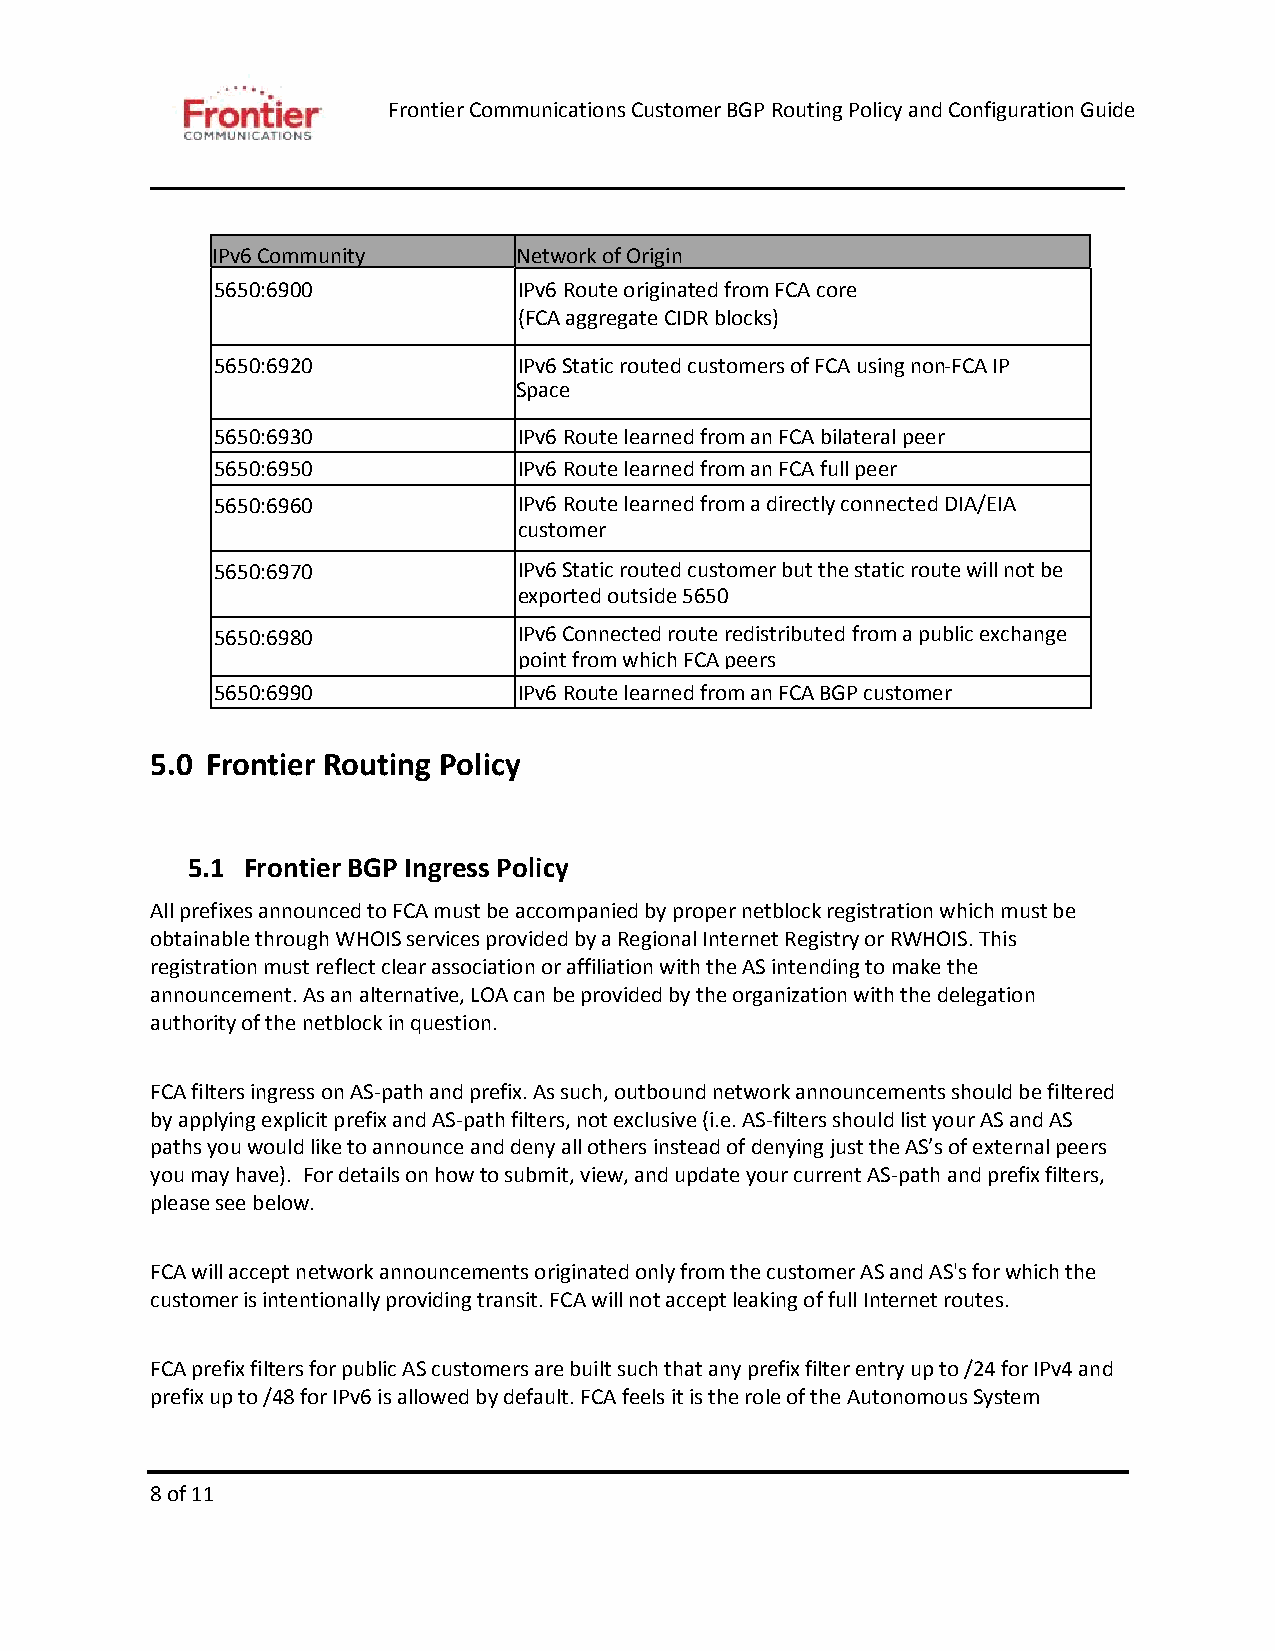
Frontier Communications Customer BGP Routing Policy and Configuration Guide
 IPv6 Community      Network of Origin
 5650:6900           IPv6 Route originated from FCA core
 (FCA aggregate CIDR blocks)
 5650:6920           IPv6 Static routed customers of FCA using non-FCA IP
 Space
 5650:6930           IPv6 Route learned from an FCA bilateral peer
 5650:6950           IPv6 Route learned from an FCA full peer
 5650:6960           IPv6 Route learned from a directly connected DIA/EIA
 customer
 5650:6970           IPv6 Static routed customer but the static route will not be
 exported outside 5650
 5650:6980           IPv6 Connected route redistributed from a public exchange
 point from which FCA peers
 5650:6990           IPv6 Route learned from an FCA BGP customer
 5.0 Frontier Routing Policy
 5.1 Frontier BGP Ingress Policy
 All prefixes announced to FCA must be accompanied by proper netblock registration which must be
 obtainable through WHOIS services provided by a Regional Internet Registry or RWHOIS. This
 registration must reflect clear association or affiliation with the AS intending to make the
 announcement. As an alternative, LOA can be provided by the organization with the delegation
 authority of the netblock in question.
 FCA filters ingress on AS-path and prefix. As such, outbound network announcements should be filtered
 by applying explicit prefix and AS-path filters, not exclusive (i.e. AS-filters should list your AS and AS
 paths you would like to announce and deny all others instead of denying just the AS’s of external peers
 you may have). For details on how to submit, view, and update your current AS-path and prefix filters,
 please see below.
 FCA will accept network announcements originated only from the customer AS and AS's for which the
 customer is intentionally providing transit. FCA will not accept leaking of full Internet routes.
 FCA prefix filters for public AS customers are built such that any prefix filter entry up to /24 for IPv4 and
 prefix up to /48 for IPv6 is allowed by default. FCA feels it is the role of the Autonomous System
 8 of 11